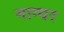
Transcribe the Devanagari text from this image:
माग्यर